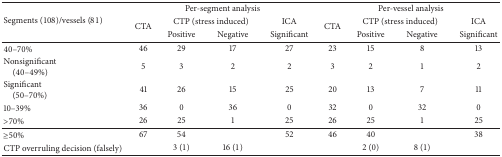
| <ROWSPAN=3> Segments (108)/vessels (81) | <COLSPAN=4> Per-segment analysis | <COLSPAN=4> Per-vessel analysis |
 | <ROWSPAN=2> CTA | <COLSPAN=2> CTP (stress induced) | ICA | <ROWSPAN=2> CTA | <COLSPAN=2> CTP (stress induced) | ICA |
 | Positive | Negative | Significant | Positive | Negative | Significant |
 | --- | --- | --- | --- | --- | --- | --- | --- | --- |
 | 40–70% | 46 | 29 | 17 | 27 | 23 | 15 | 8 | 13 |
 | Nonsignificant(40–49%) | 5 | 3 | 2 | 2 | 3 | 2 | 1 | 2 |
 | Significant(50–70%) | 41 | 26 | 15 | 25 | 20 | 13 | 7 | 11 |
 | 10–39% | 36 | 0 | 36 | 0 | 32 | 0 | 32 | 0 |
 | >70% | 26 | 25 | 1 | 25 | 26 | 25 | 1 | 25 |
 | ≥50% | 67 | 54 |  | 52 | 46 | 40 |  | 38 |
 | CTP overruling decision (falsely) |  | 3 (1) | 16 (1) |  |  | 2 (0) | 8 (1) |  |